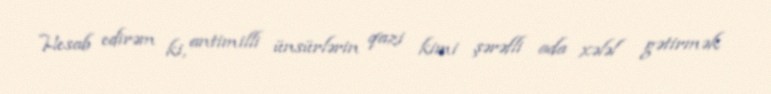
Hesab edirəm ki, antimilli ünsürlərin qazi kimi şərəfli ada xələl gətirmək